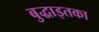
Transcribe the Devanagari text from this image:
बुद्धाइतका